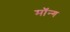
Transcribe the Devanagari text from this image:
मॉन्ग